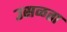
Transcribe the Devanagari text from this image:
उसळता